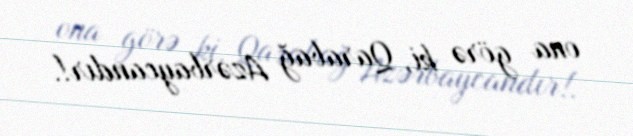
ona görə ki, Qarabağ Azərbaycandır!.